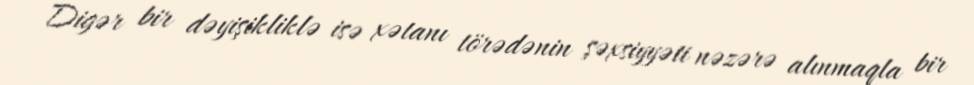
Digər bir dəyişikliklə isə xətanı törədənin şəxsiyyəti nəzərə alınmaqla bir